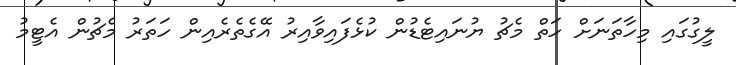
ލީގުގައި މިހާތަނަށް ހަތް މެޗު ޔުނައިޓެޑުން ކުޅެފައިވާއިރު އޭގެތެރެއިން ހަތަރު މެޗުން އެޓީމު